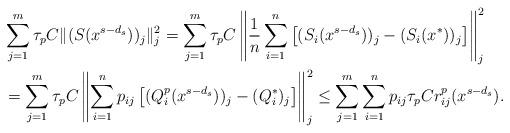
LaTeX: \begin{align*}&\sum_{j=1}^m \tau_p C\|(S(x^{s-d_s}))_j\|_j^2 = \sum_{j=1}^m \tau_p C\left\|\frac{1}{n}\sum_{i=1}^n\left[(S_i(x^{s-d_s}))_j - (S_i(x^\ast))_j\right]\right\|_j^2 \\&=\sum_{j=1}^m \tau_p C\left\|\sum_{i=1}^np_{ij}\left[(Q_i^p(x^{s-d_s}))_j - (Q_{i}^\ast)_j\right]\right\|_j^2 \leq \sum_{j=1}^m \sum_{i=1}^np_{ij} \tau_p Cr_{ij}^p(x^{s-d_s}). \end{align*}